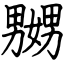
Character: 嬲